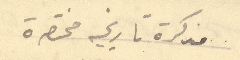
مذكرة تاريخيه مختصرة